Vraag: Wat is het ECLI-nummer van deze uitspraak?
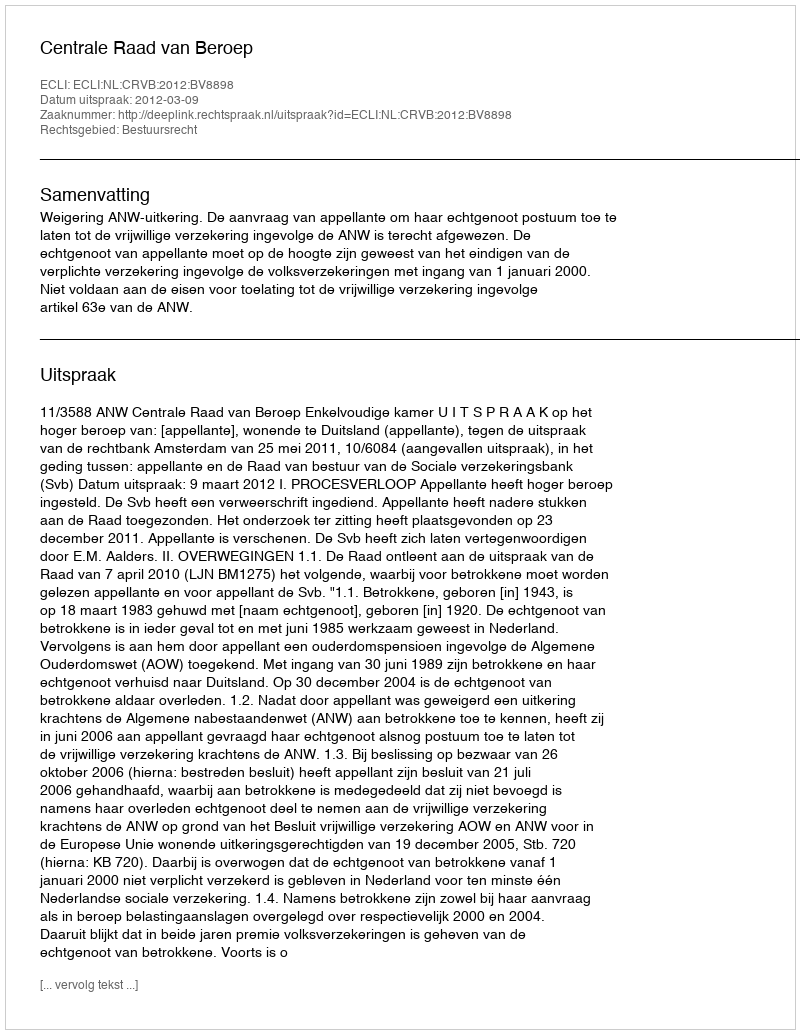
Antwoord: ECLI:NL:CRVB:2012:BV8898